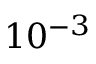
1 0 ^ { - 3 }